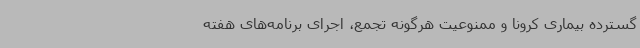
گسترده بیماری کرونا و ممنوعیت هرگونه تجمع، اجرای برنامه‌های هفته